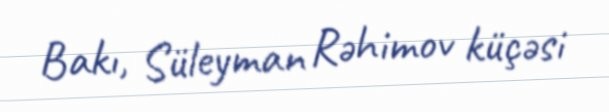
Bakı, Süleyman Rəhimov küçəsi